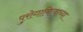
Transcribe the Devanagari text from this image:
पुरोगामित्वाच्या